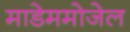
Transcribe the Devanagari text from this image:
माडेममोजेल